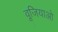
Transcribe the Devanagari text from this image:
वूजियाओ